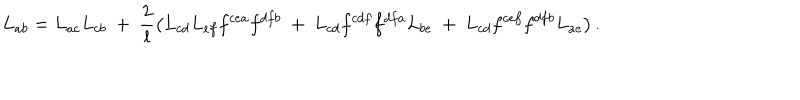
L _ { a b } = L _ { a c } L _ { c b } ~ + ~ \frac { 2 } { l } \left( L _ { c d } L _ { e f } f ^ { c e a } f ^ { d f b } ~ + ~ L _ { c d } f ^ { c d f } f ^ { d f a } L _ { b e } ~ + ~ L _ { c d } f ^ { c e f } f ^ { d f b } L _ { a e } \right) .